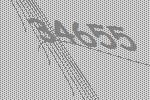
34655